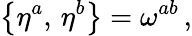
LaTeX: \bigl\{ \eta^{a},\, \eta^{b}\bigr\} =\omega^{ab}\, ,